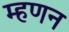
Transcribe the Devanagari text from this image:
म्हणन